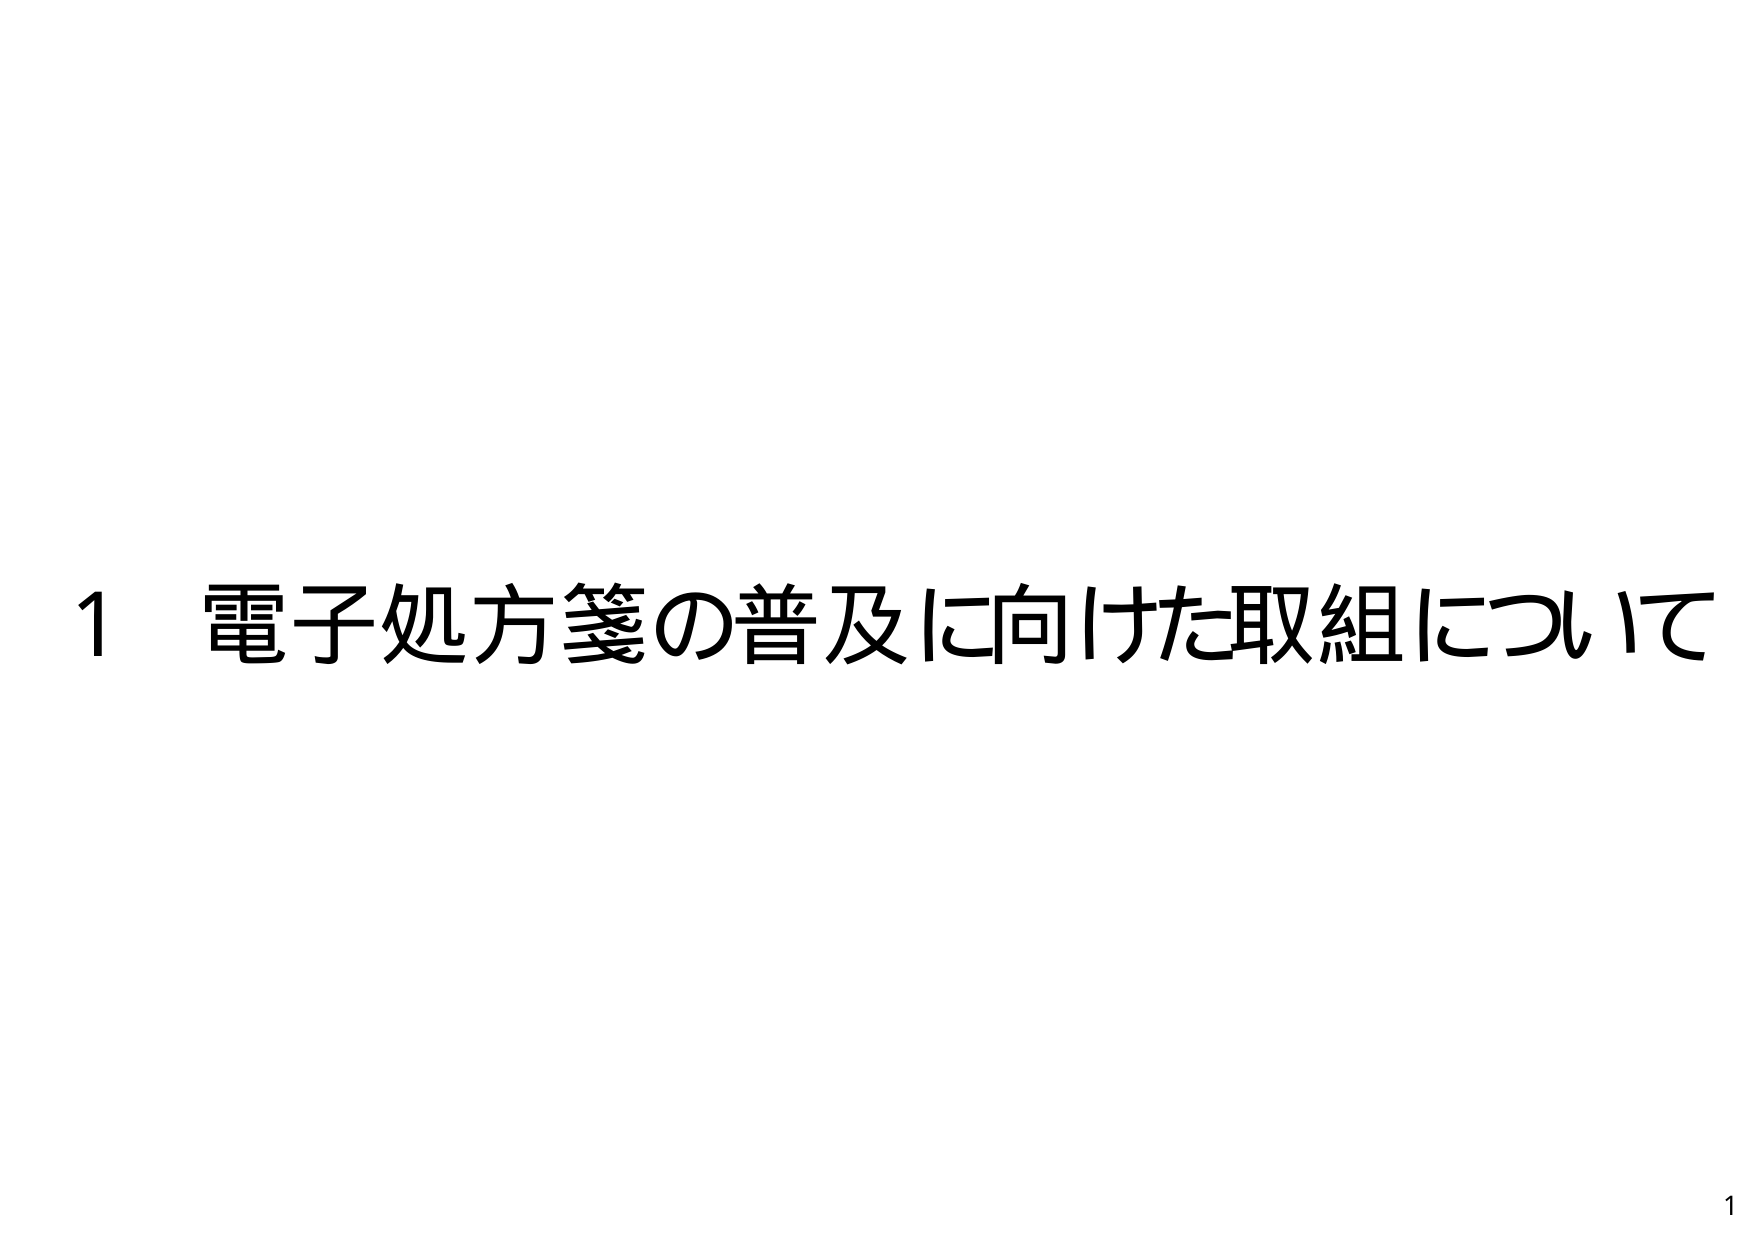
1 電子処方箋の普及に向けた取組について

1